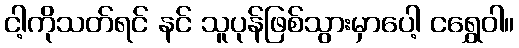
ငါ့ကိုသတ်ရင် နင် သူပုန်ဖြစ်သွားမှာပေါ့ ငရွှေဝါ။